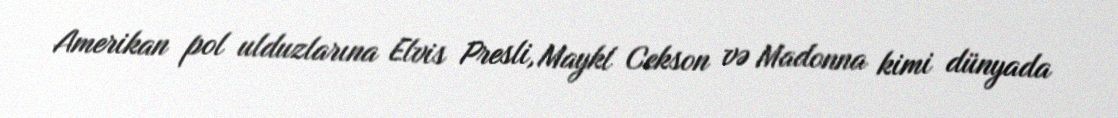
Amerikan pol ulduzlarına Elvis Presli, Maykl Cekson və Madonna kimi dünyada